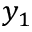
y _ { 1 }